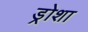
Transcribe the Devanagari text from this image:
ड्रोशा